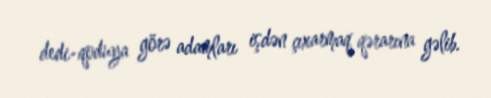
dedi-qoduya görə adamları işdən çıxarmaq qərarına gəlib.